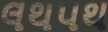
લથપથ